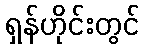
ရှန်ဟိုင်းတွင်